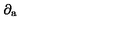
\partial _ { \mathrm { a } }